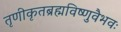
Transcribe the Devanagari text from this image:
तृणीकृतब्रह्मविष्णुवैभवः